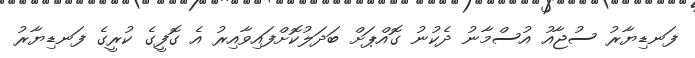
ފަނޑިޔާރު ސުޖާއު އުސްމާނު ދެކުނު ގޮއްޕަށް ބަދަލުކޮށްފައިވާއިރު އެ ގޮފީގެ ކުރީގެ ފަނޑިޔާރު